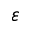
\varepsilon